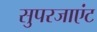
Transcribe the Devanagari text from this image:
सुपरजाएंट